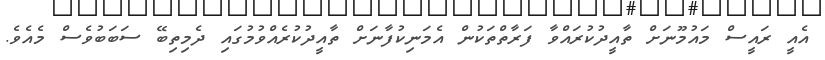
އެއީ ރައީސް މައުމޫނަށް ތާއީދުކުރައްވާ ފަރާތްތަކުން އެމަނިކުފާނަށް ތާއީދުކުރެއްވުމުގައި ދެމިތިބޭ ސަބަބުވެސް މެއެވެ.